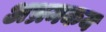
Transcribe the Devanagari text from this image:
अभ्रमकय